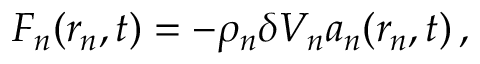
\boldsymbol { F } _ { \! \; \! n } ( \boldsymbol { r } _ { \! \; \! n } , t ) = - \rho _ { n } \delta V _ { n } \boldsymbol { a } _ { n } ( \boldsymbol { r } _ { \! \; \! n } , t ) \, ,